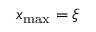
x _ { \mathrm { m a x } } = \xi